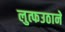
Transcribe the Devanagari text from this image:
लुत्फउठाने